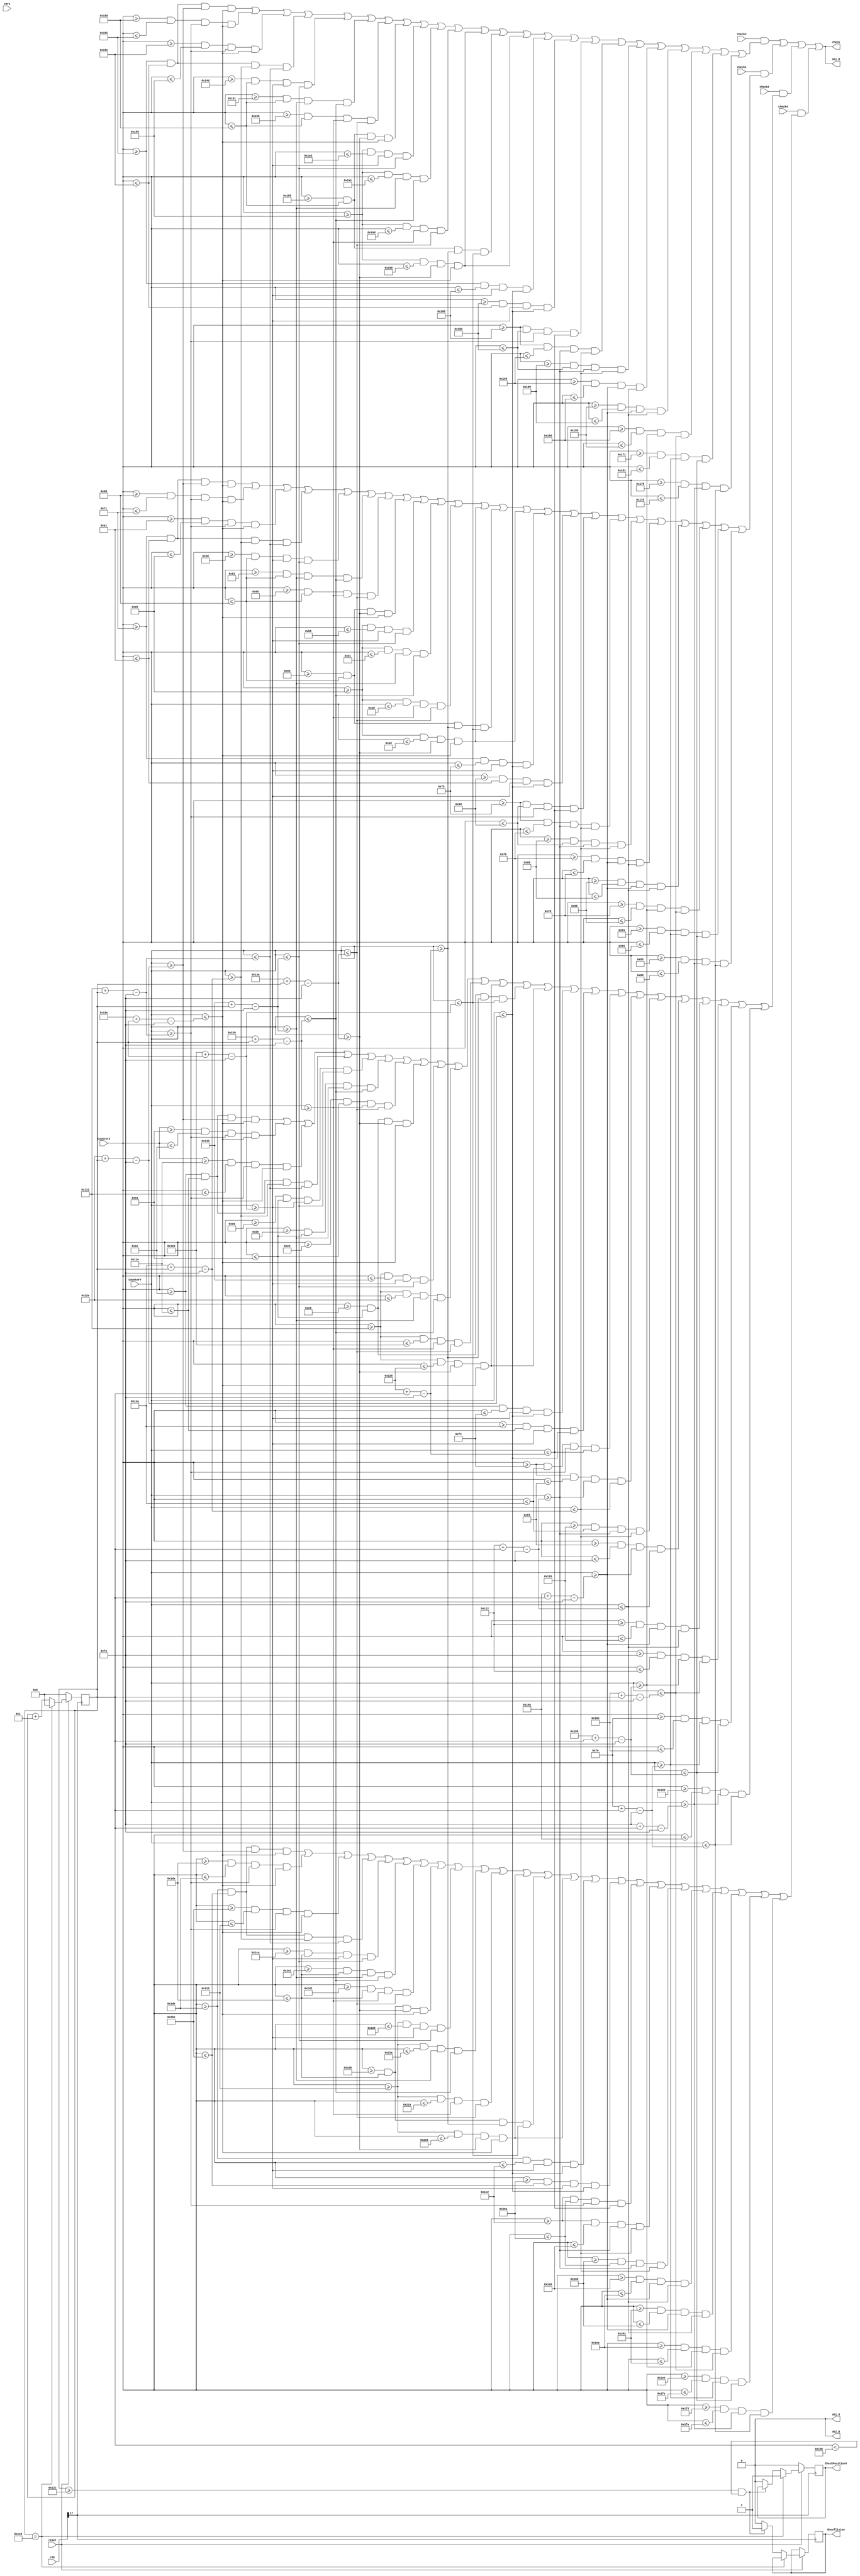
`timescale 1ns / 1ps
//////////////////////////////////////////////////////////////////////////////////
// Company: 
// Engineer: 
// 
// Design Name: 
// Module Name:    Block 
// Project Name: 
// Target Devices: 
// Tool versions: 
// Description: 
//
// Dependencies: 
//
// Revision: 
// Revision 0.01 - File Created
// Additional Comments: 
//
//////////////////////////////////////////////////////////////////////////////////
module Block(CounterX,CounterY,obj_R,obj_G,obj_B,clk,check,var1,check1,check2,check3,check4,Oncollision,CheckPositionY,reset);
input [9:0] CounterX;
input [8:0] CounterY;
input [24:0]clk;
input check1,check2,check3,check4,reset;
input [8:0]var1;

output reg obj_R,obj_G,obj_B,check,Oncollision,CheckPositionY;

integer Position;
always @ (posedge clk[17]  )
begin
 if(!reset)
	begin
   Position<=0;
	CheckPositionY <= 0;
	end	
else if (Position == 480) begin
		Position <= 0;
		CheckPositionY <= 1;
		end
else if(Position>=300 && Position < 470)begin
		Oncollision <= 1;	// range of position Y is the same as car//445
		Position <= Position + 3;
	end	
else  begin
		Oncollision <= 0; 
		Position <= Position + 3;
		CheckPositionY <= 0;
end		
end

		wire Obs = check1 && (((CounterX>=113+0) && (CounterX <= 161+0) && (CounterY >= 302+Position-250) && (CounterY <= 318+Position-250) 
		              || (CounterX>=109+0) && (CounterX <= 113+0) && (CounterY >= 290+Position-250) && (CounterY <= 318+Position-250) 
		              || (CounterX>=161+0) && (CounterX <= 165+0) && (CounterY >= 290+Position-250) && (CounterY <= 318+Position-250) 
		              || (CounterX>=113+0) && (CounterX <= 161+0) && (CounterY >= 282+Position-250) && (CounterY <= 290+Position-250) 
		              || (CounterX>=93+0)  && (CounterX <= 109+0) && (CounterY >= 298+Position-250) && (CounterY <= 306+Position-250) 
		              || (CounterX>=97+0)  && (CounterX <= 109+0) && (CounterY >= 306+Position-250) && (CounterY <= 310+Position-250) 
		              || (CounterX>=101+0) && (CounterX <= 109+0) && (CounterY >= 310+Position-250) && (CounterY <= 314+Position-250) 
		              || (CounterX>=105+0) && (CounterX <= 109+0) && (CounterY >= 314+Position-250) && (CounterY <= 318+Position-250) 
		              || (CounterX>=165+0) && (CounterX <= 181+0) && (CounterY >= 298+Position-250) && (CounterY <= 306+Position-250) 
		              || (CounterX>=165+0) && (CounterX <= 177+0) && (CounterY >= 306+Position-250) && (CounterY <= 310+Position-250) 
		              || (CounterX>=165+0) && (CounterX <= 173+0) && (CounterY >= 310+Position-250) && (CounterY <= 314+Position-250) 
		              || (CounterX>=165+0) && (CounterX <= 169+0) && (CounterY >= 314+Position-250) && (CounterY <= 318+Position-250) 
		              || (CounterX>=105+0) && (CounterX <= 109+0) && (CounterY >= 294+Position-250) && (CounterY <= 298+Position-250) 
		              || (CounterX>=165+0) && (CounterX <= 169+0) && (CounterY >= 314+Position-250) && (CounterY <= 318+Position-250)
		              || (CounterX>=113+0) && (CounterX <= 117+0) && (CounterY >= 298+Position-250) && (CounterY <= 302+Position-250)  
		              || (CounterX>=157+0) && (CounterX <= 161+0) && (CounterY >= 298+Position-250) && (CounterY <= 302+Position-250) 
		              || (CounterX>=117+0) && (CounterX <= 157+0) && (CounterY >= 290+Position-250) && (CounterY <= 294+Position-250) 
		              || (CounterX>=117+0) && (CounterX <= 121+0) && (CounterY >= 274+Position-250) && (CounterY <= 282+Position-250) 
		              || (CounterX>=153+0) && (CounterX <= 157+0) && (CounterY >= 274+Position-250) && (CounterY <= 282+Position-250)
		              || (CounterX>=121+0) && (CounterX <= 125+0) && (CounterY >= 266+Position-250) && (CounterY <= 274+Position-250)
		              || (CounterX>=149+0) && (CounterX <= 153+0) && (CounterY >= 266+Position-250) && (CounterY <= 274+Position-250)
		              || (CounterX>=125+0) && (CounterX <= 149+0) && (CounterY >= 262+Position-250) && (CounterY <= 270+Position-250)
		              || (CounterX>=129+0) && (CounterX <= 145+0) && (CounterY >= 254+Position-250) && (CounterY <= 262+Position-250)
		            || (CounterX>=133+0) && (CounterX <= 141+0) && (CounterY >= 250+Position-250) && (CounterY <= 254+Position-250)));

		wire Obs1 = check2 && (((CounterX>=113+125) && (CounterX <= 161+125) && (CounterY >= 302+Position-250) && (CounterY <= 318+Position-250) 
		              || (CounterX>=109+125) && (CounterX <= 113+125) && (CounterY >= 290+Position-250) && (CounterY <= 318+Position-250) 
		              || (CounterX>=161+125) && (CounterX <= 165+125) && (CounterY >= 290+Position-250) && (CounterY <= 318+Position-250) 
		              || (CounterX>=113+125) && (CounterX <= 161+125) && (CounterY >= 282+Position-250) && (CounterY <= 290+Position-250) 
		              || (CounterX>=93+125)  && (CounterX <= 109+125) && (CounterY >= 298+Position-250) && (CounterY <= 306+Position-250) 
		              || (CounterX>=97+125)  && (CounterX <= 109+125) && (CounterY >= 306+Position-250) && (CounterY <= 310+Position-250) 
		              || (CounterX>=101+125) && (CounterX <= 109+125) && (CounterY >= 310+Position-250) && (CounterY <= 314+Position-250) 
		              || (CounterX>=105+125) && (CounterX <= 109+125) && (CounterY >= 314+Position-250) && (CounterY <= 318+Position-250) 
		              || (CounterX>=165+125) && (CounterX <= 181+125) && (CounterY >= 298+Position-250) && (CounterY <= 306+Position-250) 
		              || (CounterX>=165+125) && (CounterX <= 177+125) && (CounterY >= 306+Position-250) && (CounterY <= 310+Position-250) 
		              || (CounterX>=165+125) && (CounterX <= 173+125) && (CounterY >= 310+Position-250) && (CounterY <= 314+Position-250) 
		              || (CounterX>=165+125) && (CounterX <= 169+125) && (CounterY >= 314+Position-250) && (CounterY <= 318+Position-250) 
		              || (CounterX>=105+125) && (CounterX <= 109+125) && (CounterY >= 294+Position-250) && (CounterY <= 298+Position-250) 
		              || (CounterX>=165+125) && (CounterX <= 169+125) && (CounterY >= 314+Position-250) && (CounterY <= 318+Position-250)
		              || (CounterX>=113+125) && (CounterX <= 117+125) && (CounterY >= 298+Position-250) && (CounterY <= 302+Position-250)  
		              || (CounterX>=157+125) && (CounterX <= 161+125) && (CounterY >= 298+Position-250) && (CounterY <= 302+Position-250) 
		              || (CounterX>=117+125) && (CounterX <= 157+125) && (CounterY >= 290+Position-250) && (CounterY <= 294+Position-250) 
		              || (CounterX>=117+125) && (CounterX <= 121+125) && (CounterY >= 274+Position-250) && (CounterY <= 282+Position-250) 
		              || (CounterX>=153+125) && (CounterX <= 157+125) && (CounterY >= 274+Position-250) && (CounterY <= 282+Position-250)
		              || (CounterX>=121+125) && (CounterX <= 125+125) && (CounterY >= 266+Position-250) && (CounterY <= 274+Position-250)
		              || (CounterX>=149+125) && (CounterX <= 153+125) && (CounterY >= 266+Position-250) && (CounterY <= 274+Position-250)
		              || (CounterX>=125+125) && (CounterX <= 149+125) && (CounterY >= 262+Position-250) && (CounterY <= 270+Position-250)
		              || (CounterX>=129+125) && (CounterX <= 145+125) && (CounterY >= 254+Position-250) && (CounterY <= 262+Position-250)
		            || (CounterX>=133+125) && (CounterX <= 141+125) && (CounterY >= 250+Position-250) && (CounterY <= 254+Position-250)));


		wire Obs2 = check3 && (((CounterX>=113+240) && (CounterX <= 161+240) && (CounterY >= 302+Position-250) && (CounterY <= 318+Position-250) 
		              || (CounterX>=109+240) && (CounterX <= 113+240) && (CounterY >= 290+Position-250) && (CounterY <= 318+Position-250) 
		              || (CounterX>=161+240) && (CounterX <= 165+240) && (CounterY >= 290+Position-250) && (CounterY <= 318+Position-250) 
		              || (CounterX>=113+240) && (CounterX <= 161+240) && (CounterY >= 282+Position-250) && (CounterY <= 290+Position-250) 
		              || (CounterX>=93+240)  && (CounterX <= 109+240) && (CounterY >= 298+Position-250) && (CounterY <= 306+Position-250) 
		              || (CounterX>=97+240)  && (CounterX <= 109+240) && (CounterY >= 306+Position-250) && (CounterY <= 310+Position-250) 
		              || (CounterX>=101+240) && (CounterX <= 109+240) && (CounterY >= 310+Position-250) && (CounterY <= 314+Position-250) 
		              || (CounterX>=105+240) && (CounterX <= 109+240) && (CounterY >= 314+Position-250) && (CounterY <= 318+Position-250) 
		              || (CounterX>=165+240) && (CounterX <= 181+240) && (CounterY >= 298+Position-250) && (CounterY <= 306+Position-250) 
		              || (CounterX>=165+240) && (CounterX <= 177+240) && (CounterY >= 306+Position-250) && (CounterY <= 310+Position-250) 
		              || (CounterX>=165+240) && (CounterX <= 173+240) && (CounterY >= 310+Position-250) && (CounterY <= 314+Position-250) 
		              || (CounterX>=165+240) && (CounterX <= 169+240) && (CounterY >= 314+Position-250) && (CounterY <= 318+Position-250) 
		              || (CounterX>=105+240) && (CounterX <= 109+240) && (CounterY >= 294+Position-250) && (CounterY <= 298+Position-250) 
		              || (CounterX>=165+240) && (CounterX <= 169+240) && (CounterY >= 314+Position-250) && (CounterY <= 318+Position-250)
		              || (CounterX>=113+240) && (CounterX <= 117+240) && (CounterY >= 298+Position-250) && (CounterY <= 302+Position-250)  
		              || (CounterX>=157+240) && (CounterX <= 161+240) && (CounterY >= 298+Position-250) && (CounterY <= 302+Position-250) 
		              || (CounterX>=117+240) && (CounterX <= 157+240) && (CounterY >= 290+Position-250) && (CounterY <= 294+Position-250) 
		              || (CounterX>=117+240) && (CounterX <= 121+240) && (CounterY >= 274+Position-250) && (CounterY <= 282+Position-250) 
		              || (CounterX>=153+240) && (CounterX <= 157+240) && (CounterY >= 274+Position-250) && (CounterY <= 282+Position-250)
		              || (CounterX>=121+240) && (CounterX <= 125+240) && (CounterY >= 266+Position-250) && (CounterY <= 274+Position-250)
		              || (CounterX>=149+240) && (CounterX <= 153+240) && (CounterY >= 266+Position-250) && (CounterY <= 274+Position-250)
		              || (CounterX>=125+240) && (CounterX <= 149+240) && (CounterY >= 262+Position-250) && (CounterY <= 270+Position-250)
		              || (CounterX>=129+240) && (CounterX <= 145+240) && (CounterY >= 254+Position-250) && (CounterY <= 262+Position-250)
		            || (CounterX>=133+240) && (CounterX <= 141+240) && (CounterY >= 250+Position-250) && (CounterY <= 254+Position-250)));				


		wire Obs3 = check4 && (((CounterX>=113+365) && (CounterX <= 161+365) && (CounterY >= 302+Position-250) && (CounterY <= 318+Position-250) 
		              || (CounterX>=109+365) && (CounterX <= 113+365) && (CounterY >= 290+Position-250) && (CounterY <= 318+Position-250) 
		              || (CounterX>=161+365) && (CounterX <= 165+365) && (CounterY >= 290+Position-250) && (CounterY <= 318+Position-250) 
		              || (CounterX>=113+365) && (CounterX <= 161+365) && (CounterY >= 282+Position-250) && (CounterY <= 290+Position-250) 
		              || (CounterX>=93+365)  && (CounterX <= 109+365) && (CounterY >= 298+Position-250) && (CounterY <= 306+Position-250) 
		              || (CounterX>=97+365)  && (CounterX <= 109+365) && (CounterY >= 306+Position-250) && (CounterY <= 310+Position-250) 
		              || (CounterX>=101+365) && (CounterX <= 109+365) && (CounterY >= 310+Position-250) && (CounterY <= 314+Position-250) 
		              || (CounterX>=105+365) && (CounterX <= 109+365) && (CounterY >= 314+Position-250) && (CounterY <= 318+Position-250) 
		              || (CounterX>=165+365) && (CounterX <= 181+365) && (CounterY >= 298+Position-250) && (CounterY <= 306+Position-250) 
		              || (CounterX>=165+365) && (CounterX <= 177+365) && (CounterY >= 306+Position-250) && (CounterY <= 310+Position-250) 
		              || (CounterX>=165+365) && (CounterX <= 173+365) && (CounterY >= 310+Position-250) && (CounterY <= 314+Position-250) 
		              || (CounterX>=165+365) && (CounterX <= 169+365) && (CounterY >= 314+Position-250) && (CounterY <= 318+Position-250) 
		              || (CounterX>=105+365) && (CounterX <= 109+365) && (CounterY >= 294+Position-250) && (CounterY <= 298+Position-250) 
		              || (CounterX>=165+365) && (CounterX <= 169+365) && (CounterY >= 314+Position-250) && (CounterY <= 318+Position-250)
		              || (CounterX>=113+365) && (CounterX <= 117+365) && (CounterY >= 298+Position-250) && (CounterY <= 302+Position-250)  
		              || (CounterX>=157+365) && (CounterX <= 161+365) && (CounterY >= 298+Position-250) && (CounterY <= 302+Position-250) 
		              || (CounterX>=117+365) && (CounterX <= 157+365) && (CounterY >= 290+Position-250) && (CounterY <= 294+Position-250) 
		              || (CounterX>=117+365) && (CounterX <= 121+365) && (CounterY >= 274+Position-250) && (CounterY <= 282+Position-250) 
		              || (CounterX>=153+365) && (CounterX <= 157+365) && (CounterY >= 274+Position-250) && (CounterY <= 282+Position-250)
		              || (CounterX>=121+365) && (CounterX <= 125+365) && (CounterY >= 266+Position-250) && (CounterY <= 274+Position-250)
		              || (CounterX>=149+365) && (CounterX <= 153+365) && (CounterY >= 266+Position-250) && (CounterY <= 274+Position-250)
		              || (CounterX>=125+365) && (CounterX <= 149+365) && (CounterY >= 262+Position-250) && (CounterY <= 270+Position-250)
		              || (CounterX>=129+365) && (CounterX <= 145+365) && (CounterY >= 254+Position-250) && (CounterY <= 262+Position-250)
		              || (CounterX>=133+365) && (CounterX <= 141+365) && (CounterY >= 250+Position-250) && (CounterY <= 254+Position-250)));				



always @(clk)
begin 
		obj_R = Obs2 | Obs | Obs1 | Obs3;
		obj_G = 0;
		obj_B = 0 ;
		check= obj_R|obj_G|obj_B;
end


endmodule